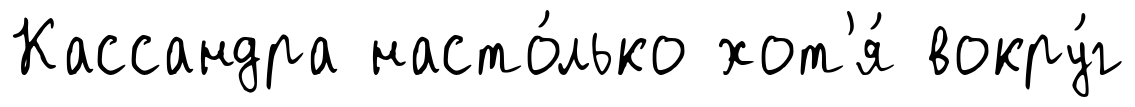
Кассандра насто́лько хот'я́ вокру́г